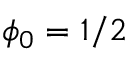
\phi _ { 0 } = 1 / 2